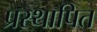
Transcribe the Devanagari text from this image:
प्रस्‍थापित